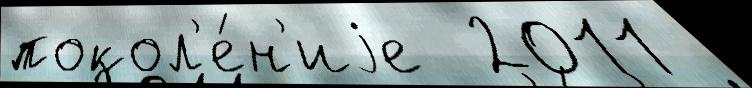
покол'е́н'иjе  2011